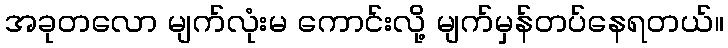
အခုတလော မျက်လုံးမ ကောင်းလို့ မျက်မှန်တပ်နေရတယ်။